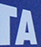
TA